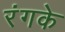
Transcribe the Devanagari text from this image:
रंगके